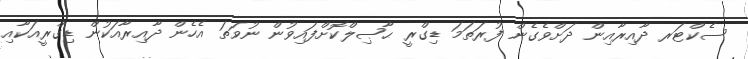
ސެކްޓަރ ދާއިރާއިން ދަށްވެގެން ފުރަތަމަ ޑިގްރީ ޙާޞިލްކޮށްފައިވުން ނުވަތަ އެހެން ދާއިރާއަކުން ޑިގްރީއަކާއި